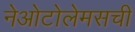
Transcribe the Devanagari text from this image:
नेओटोलेमसची